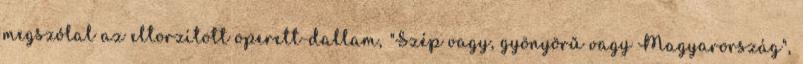
megszólal az eltorzított operett-dallam, "Szép vagy, gyönyörű vagy Magyarország",